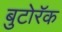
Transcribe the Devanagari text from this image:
बुटोरॅक